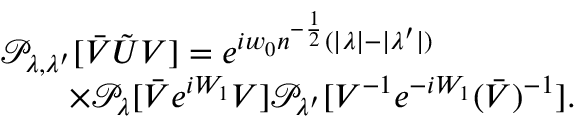
\begin{array} { r l } & { \mathcal { P } _ { \lambda , \lambda ^ { \prime } } [ \bar { V } \tilde { U } V ] = e ^ { i w _ { 0 } n ^ { - \frac 1 2 } ( | \lambda | - | \lambda ^ { \prime } | ) } } \\ & { \qquad \times \mathcal { P } _ { \lambda } [ \bar { V } e ^ { i W _ { 1 } } V ] \mathcal { P } _ { \lambda ^ { \prime } } [ V ^ { - 1 } e ^ { - i W _ { 1 } } ( \bar { V } ) ^ { - 1 } ] . } \end{array}